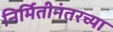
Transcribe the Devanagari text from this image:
निर्मितीनंतरच्‍या